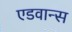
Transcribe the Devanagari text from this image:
एडवान्स